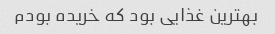
بهترین غذایی بود که خریده بودم